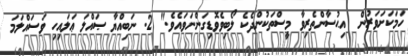
ހަމަކަށަވަރުން  އިޙުސާންތެރިވާ މީސްތަކުންދެކެ ލޯބިވެވޮޑިގަންނަވައެވެ." 2. ނަބިއްޔާ ޞައްލަ ޢަލައިހި ވަސައްލަމަ